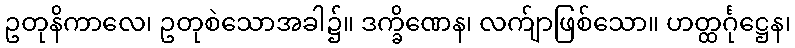
ဥတုနိကာလေ၊ ဥတုစဲသောအခါ၌။ ဒက္ခိဏေန၊ လက်ျာဖြစ်သော။ ဟတ္ထင်္ဂုဋ္ဌေန၊